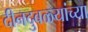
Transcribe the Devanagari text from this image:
दीनदुबळ्यांच्या